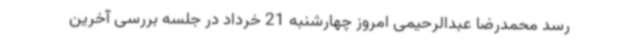
رسد محمدرضا عبدالرحیمی امروز چهارشنبه 21 خرداد در جلسه بررسی آخرین